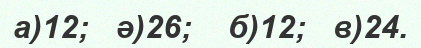
а)12;   ә)26;    б)12;   в)24.